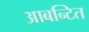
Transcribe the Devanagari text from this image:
आबन्टित